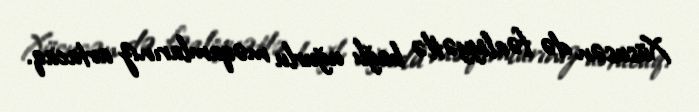
Xüsusən də fəaliyyətlə bağlı uğurlu məqamlarınız artacaq.